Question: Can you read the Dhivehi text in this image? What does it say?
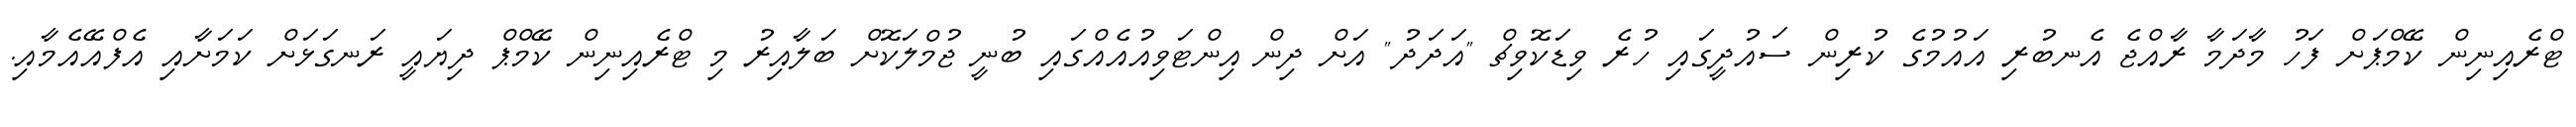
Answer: ޓްރެއިނިން ކޭމްޕަށް ފަހު މާދަމާ ރާއްޖެ އެނބުރި އައުމުގެ ކުރިން ސައުދީގައި ހުރެ ވިޑަކޮވިޗް "އަދަދު" އަށް ދިން އިންޓަވިއުއެއްގައި ބުނީ ޖުމްލަކޮށް ބަލާއިރު މި ޓްރެއިނިން ކޭމްޕް ދިޔައީ ރަނގަޅަށް ކަމަށާއި އެފްއޭއެމާއި.